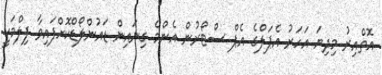
އޮތްއިރު މިދިޔަ އަހަރު އެޕަލްގެ އެޕް ސްޓޯރުން އެންމެ ގިނައިން ޑައުންލޯޑްކޮށްފައިވާ ފިލްމަކީ